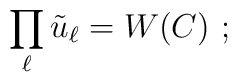
\prod_\ell \tilde u_\ell = W(C)~;